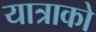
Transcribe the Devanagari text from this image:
यात्राको